Vaccination in Bombay 1889-1901 - 1889-1901
Year: 1889
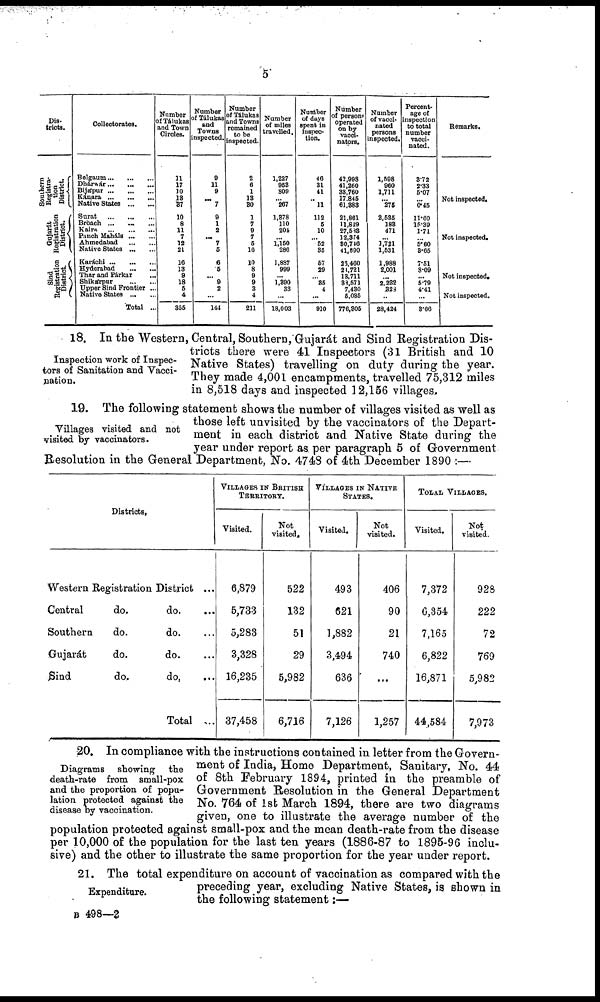
5
Dis-
tricts.
Southern
Registra-
tion
District
Gujarát
Registration
District.
Sind
Registration
District.
Collectorates.
Belgaum...
...
...
Dhárwár...
...
...
Bijápur...
...
...
Kánara...
...
...
Native States ... ...
Surat ... ... ...
Broach...
...
...
Kaira
...
...
...
Panch Maháls...
...
Ahmedabad
...
...
Native States ... ...
Karáchi...
...
...
Hyderabad
...
...
Thar and Párkar ...
Shikárpur
...
...
Upper Sind Frontier ...
Native States ... ...
Total ...
Number
of Tálukas
and Town
Circles.
11
17
10
18
37
10
8
11
7
12
21
16
13
9
18
5
4
355
Number
of Tálukas
and
Towns
inspected.
9
11
9
...
7
9
1
2
...
7
5
6
6
... 9
2
...
144
Number
of Tálukas
and Towns
remained
to be
inspected.
2
6
1
13
30
1
7
9
7
5
16
10
8
9
9
3
4
211
Number
of miles
travelled.
1,227
953
809
...
267
1,378
110
204
...
1,150
286
1,887
999
...
1,390
33
...
18,003
Number
of days
spent in
inspec-
tion.
46
31
41
.. 11
112
5
10
...
52
35
57
29
...
35
4
...
910
Number
of persons
operated
on by
vacci¬
nators.
42,998
41,260
33,760
17,845
61,383
21,861
11,829
27,583
12,374
30,746
41,890
23,460
21,721
13,711
88,571
7,430
5,035
776,305
Number
of vacci-
nated
persons
inspected.
1,598
960
1,711
... 275
2,535
183
471
...
1,721
1,531
1,988
2,001
...
2,282
328
...
28,424
Percent-
age of
inspection
to total
number
vacci-
nated.
3.72
2.33
5.07
...
0.45
11.60
15.39
1.71
...
5.60
3.65
7.51
8.09
...
5.79
4.41
...
3.66
Remarks.
Not inspected.
Not inspected.
Not inspected.
Not inspected.
Inspection work of Inspec-
tors of Sanitation and Vacci-
nation.
18. In the Western, Central, Southern, Gujarát and Sind Registration Dis-
tricts there were 41 Inspectors (31 British and 10
Native States) travelling on duty during the year.
They made 4,001 encampments, travelled 75,312 miles
in 8,518 days and inspected 12,156 villages.
Villages visited and not
visited by vaccinators.
19. The following statement shows the number of villages visited as well as
those left unvisited by the vaccinators of the Depart-
ment in each district and Native State during the
year under report as per paragraph 5 of Government
Resolution in the General Department, No. 4748 of 4th December 1890 :—
Districts.
Western Registration District ...
Central
do.
do. ...
Southern
do.
do. ...
Gujarát
do.
do. ...
Sind
do.
do, ...
Total ...
VILLAGES IN BRITISH
TERRITORY.
Visited.
6,879
5,733
5,283
3,328
16,235
37,458
Not
visited.
522
132
51
29
5,982
6,716
VILLAGES IN NATIVE
STATES.
Visited.
493
621
1,882
3,494
636
7,126
Not
visited.
406
90
21
740
...
1,257
TOTAL VILLAGES.
Visited.
7,372
6,354
7,165
6,822
16,871
44,584
Not
visited.
928
222
72
769
5,982
7,973
Diagrams showing the
death-rate from small-pox
and the proportion of popu¬
lation protected against the
disease by vaccination.
20. In compliance with the instructions contained in letter from the Govern-
ment of India, Home Department, Sanitary, No. 44
of 8th February 1894, printed in the preamble of
Government Resolution in the General Department
No. 764 of 1st March 1894, there are two diagrams
given, one to illustrate the average number of the
population protected against small-pox and the mean death-rate from the disease
per 10,000 of the population for the last ten years (1886-87 to 1895-96 inclu-
sive) and the other to illustrate the same proportion for the year under report.
Expenditure.
21. The total expenditure on account of vaccination as compared with the
preceding year, excluding Native States, is shown in
the following statement :—
B 498—2